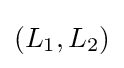
(L_{1},L_{2})